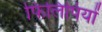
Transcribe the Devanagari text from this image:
फिलिपियों